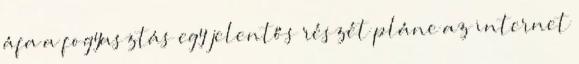
áfa a fogyasztás egy jelentős részét pláne az internet